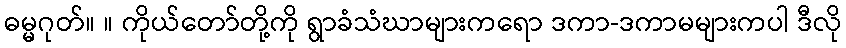
ဓမ္မဂုတ်။ ။ ကိုယ်တော်တို့ကို ရွာခံသံဃာများကရော ဒကာ-ဒကာမများကပါ ဒီလို